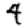
Digit: 4